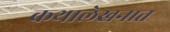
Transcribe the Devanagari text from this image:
कथालेखनात